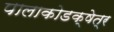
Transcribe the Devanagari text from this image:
पालाकोडक्षेत्र